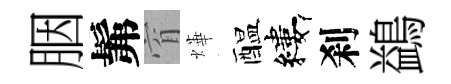
胭髴窅燁醖縷刹鷁